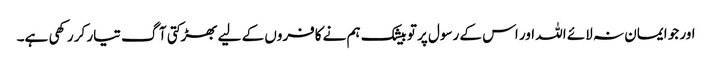
اور جو ایمان نہ لائے اللہ اور اس کے رسول پر تو بیشک ہم نے کافروں کے لیے بھڑکتی آگ تیار کر رکھی ہے۔